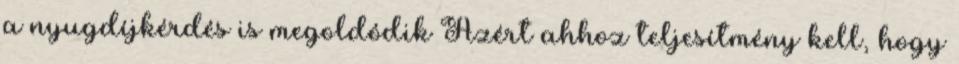
a nyugdíjkérdés is megoldódik Azért ahhoz teljesítmény kell, hogy